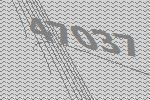
47037